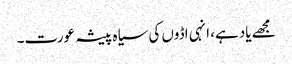
مجھے یاد ہے، انہی اڈوں کی سیاہ پیشہ عورت۔